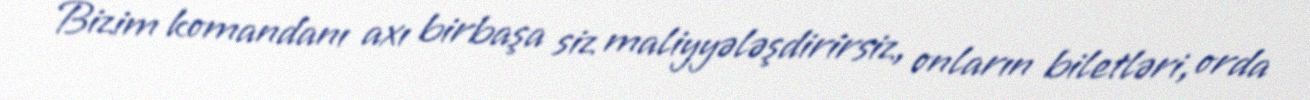
Bizim komandanı axı birbaşa siz maliyyələşdirirsiz, onların biletləri, orda